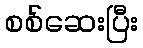
စစ်ဆေးပြီး